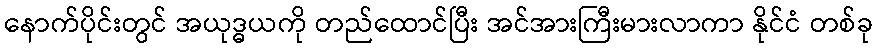
နောက်ပိုင်းတွင် အယုဒ္ဓယကို တည်ထောင်ပြီး အင်အားကြီးမားလာကာ နိုင်ငံ တစ်ခု